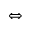
\Leftrightarrow